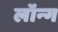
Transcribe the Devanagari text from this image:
लॉन्‍ग